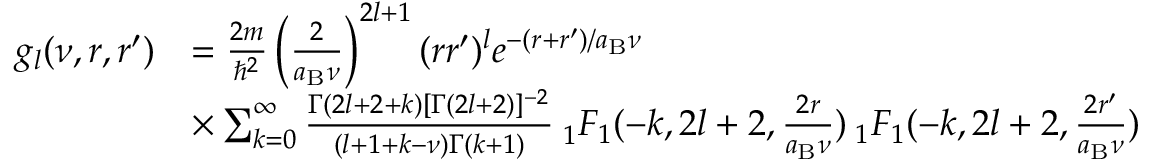
\begin{array} { r l } { g _ { l } ( \nu , r , r ^ { \prime } ) } & { = \frac { 2 m } { \hbar ^ { 2 } } \left( \frac { 2 } { a _ { \mathrm { B } } \nu } \right) ^ { 2 l + 1 } ( r r ^ { \prime } ) ^ { l } e ^ { - ( r + r ^ { \prime } ) / a _ { \mathrm { B } } \nu } } \\ & { \times \sum _ { k = 0 } ^ { \infty } \frac { \Gamma ( 2 l + 2 + k ) [ \Gamma ( 2 l + 2 ) ] ^ { - 2 } } { ( l + 1 + k - \nu ) \Gamma ( k + 1 ) } \: _ { 1 } F _ { 1 } ( - k , 2 l + 2 , \frac { 2 r } { a _ { \mathrm { B } } \nu } ) \: _ { 1 } F _ { 1 } ( - k , 2 l + 2 , \frac { 2 r ^ { \prime } } { a _ { \mathrm { B } } \nu } ) } \end{array}